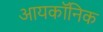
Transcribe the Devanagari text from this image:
आयकॉनिक